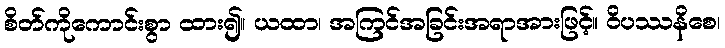
စိတ်ကိုကောင်းစွာ ထား၍။ ယထာ၊ အကြင်အခြင်းအရာအားဖြင့်။ ဝိပဿနိစေ၊